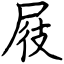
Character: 屐